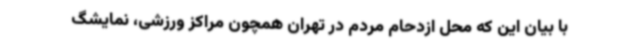
با بیان این که محل ازدحام مردم در تهران همچون مراکز ورزشی، نمایشگ